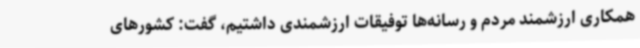
همکاری ارزشمند مردم و رسانه‌ها توفیقات ارزشمندی داشتیم، گفت: کشورهای